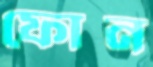
ফোন